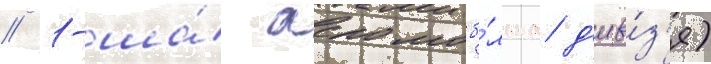
// 1-ша́ аеромоб́льна д'ив́з'я)